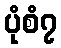
ပုံစံ၇